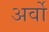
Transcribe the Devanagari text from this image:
अर्वो